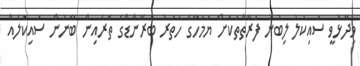
ވިދާޅުވީ ސައިކަލު ލިބުނު ފަރާތްތަކަށް ޔަމަހާގެ ހަތަރު ބްރޭންޑްގެ ތެރެއިން ބޭނުން ސައިކަލެއް